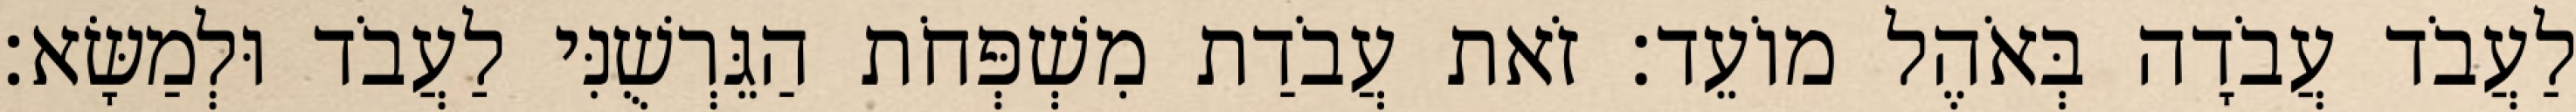
לַעֲבֹד עֲבֹדָה בְּאֹהֶל מוֹעֵד׃ זֹאת עֲבֹדַת מִשְׁפְּחֹת הַגֵּרְשֻׁנִּי לַעֲבֹד וּלְמַשָּׂא׃